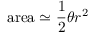
{ \mathrm { a r e a } } \simeq { \frac { 1 } { 2 } } \theta r ^ { 2 }